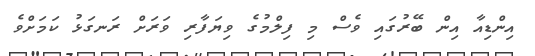
އިންޑިއާ އިން ބޭރުގައި ވެސް މި ފިލްމުގެ ވިޔަފާރި ވަރަށް ރަނގަޅު ކަމަށްވެ